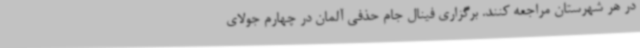
در هر شهرستان مراجعه کنند. برگزاری فینال جام حذفی آلمان در چهارم جولای